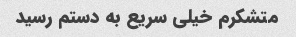
متشکرم خیلی سریع به دستم رسید